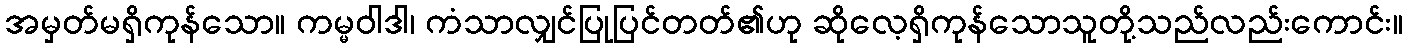
အမှတ်မရှိကုန်သော။ ကမ္မဝါဒါ၊ ကံသာလျှင်ပြုပြင်တတ်၏ဟု ဆိုလေ့ရှိကုန်သောသူတို့သည်လည်းကောင်း။